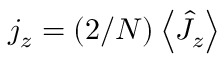
j _ { z } = ( 2 / N ) \left\langle \hat { J } _ { z } \right\rangle